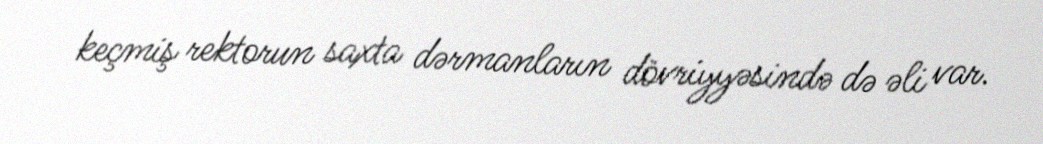
keçmiş rektorun saxta dərmanların dövriyyəsində də əli var.